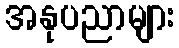
အနုပညာများ